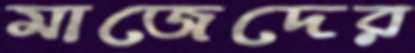
মাজেদের